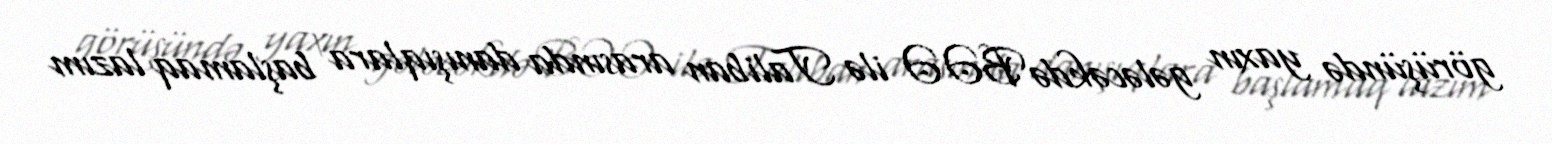
görüşündə yaxın gələcəkdə BƏƏ ilə Taliban arasında danışıqlara başlamaq lazım